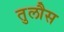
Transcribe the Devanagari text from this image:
तुलौस